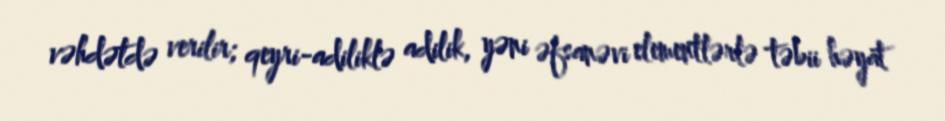
vəhdətdə verilir; qeyri-adiliklə adilik, yəni əfsanəvi elementlərlə təbii həyat